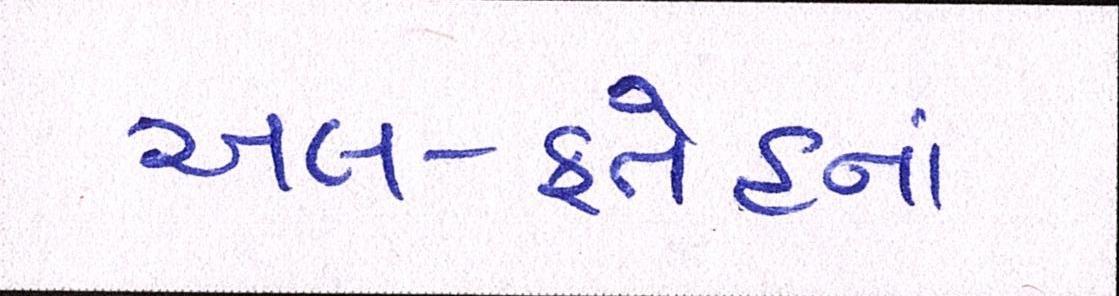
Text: અલ-ફતેહનાં